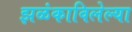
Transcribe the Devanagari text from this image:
झळंकाविलेल्या